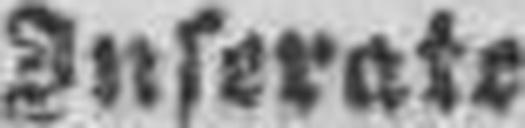
Inserate